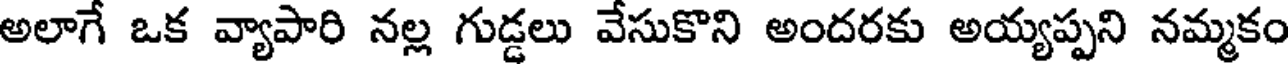
అలాగే ఒక వ్యాపారి నల్ల గుడ్డలు వేసుకొని అందరకు అయ్యప్పని నమ్మకం